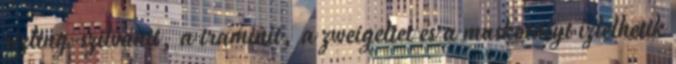
rizling-szilvánit, a traminit, a zweigeltet és a muskotályt ízlelhetik